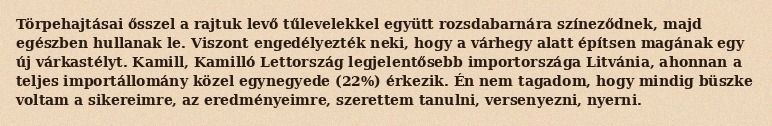
Törpehajtásai ősszel a rajtuk levő tűlevelekkel együtt rozsdabarnára színeződnek, majd egészben hullanak le. Viszont engedélyezték neki, hogy a várhegy alatt építsen magának egy új várkastélyt. Kamill, Kamilló Lettország legjelentősebb importországa Litvánia, ahonnan a teljes importállomány közel egynegyede (22%) érkezik. Én nem tagadom, hogy mindig büszke voltam a sikereimre, az eredményeimre, szerettem tanulni, versenyezni, nyerni.